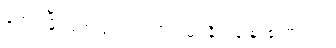
ရောင်ပြိုးပြက်သည်။ ။ ဖိုလ်မဂ်နိဗ္ဗာန် စူးစူးတည်း။